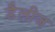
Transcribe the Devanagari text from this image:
डैलीज